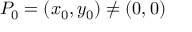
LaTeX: P _ { 0 } = ( x _ { 0 } , y _ { 0 } ) \neq ( 0 , 0 )